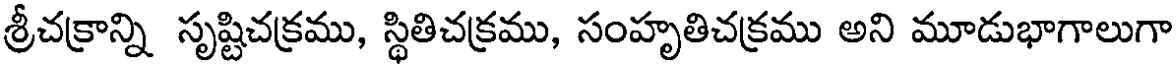
శ్రీచక్రాన్ని సృష్టిచక్రము, స్థితిచక్రము, సంహృతిచక్రము అని మూడుభాగాలుగా